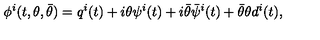
\phi ^ { i } ( t , \theta , \bar { \theta } ) = q ^ { i } ( t ) + i \theta \psi ^ { i } ( t ) + i \bar { \theta } \bar { \psi } ^ { i } ( t ) + \bar { \theta } \theta d ^ { i } ( t ) ,